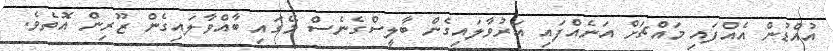
އުއްޑުން އެއްފައި މައްޗަށް އަނެއްފައި އަރުވާލައިގެން ބާލީސްގެނެސް މޭގައި ބާއްވާލައިގެން ޒޫރިން އޮތެވެ.